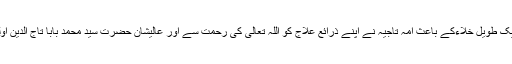
موجودہ حالات سے مطابقت قائم کرنے کی ضرورت کے پیش نظر اور اسلامی طریقہ علاج میں ایک طویل خلاءکے باعث امہ تاجیہ نے اپنے ذرائع علاج کو اللہ تعالیٰ کی رحمت سے اور عالیشان حضرت سید محمد بابا تاج الدین اولیاءناگپوریﺭﺿ کے کرم سے دوبارہ?اسلامی طریقہ ءعلاج? کے نام سے ترتیب و تعمیر کیا ہے۔